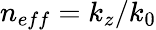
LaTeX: n_{eff}=k_{z}/k_{0}